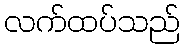
လက်ထပ်သည်